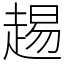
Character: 䞶